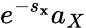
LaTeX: e^{-s_{\mathbf{x}}}a_{X}